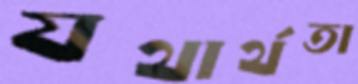
যথার্থতা